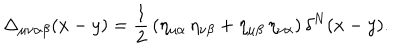
LaTeX: \Delta _ { \mu \nu \alpha \beta } ( x - y ) = \frac { 1 } { 2 } \, ( \eta _ { \mu \alpha } \, \eta _ { \nu \beta } + \eta _ { \mu \beta } \, \eta _ { \nu \alpha } ) \, \delta ^ { N } ( x - y ) .